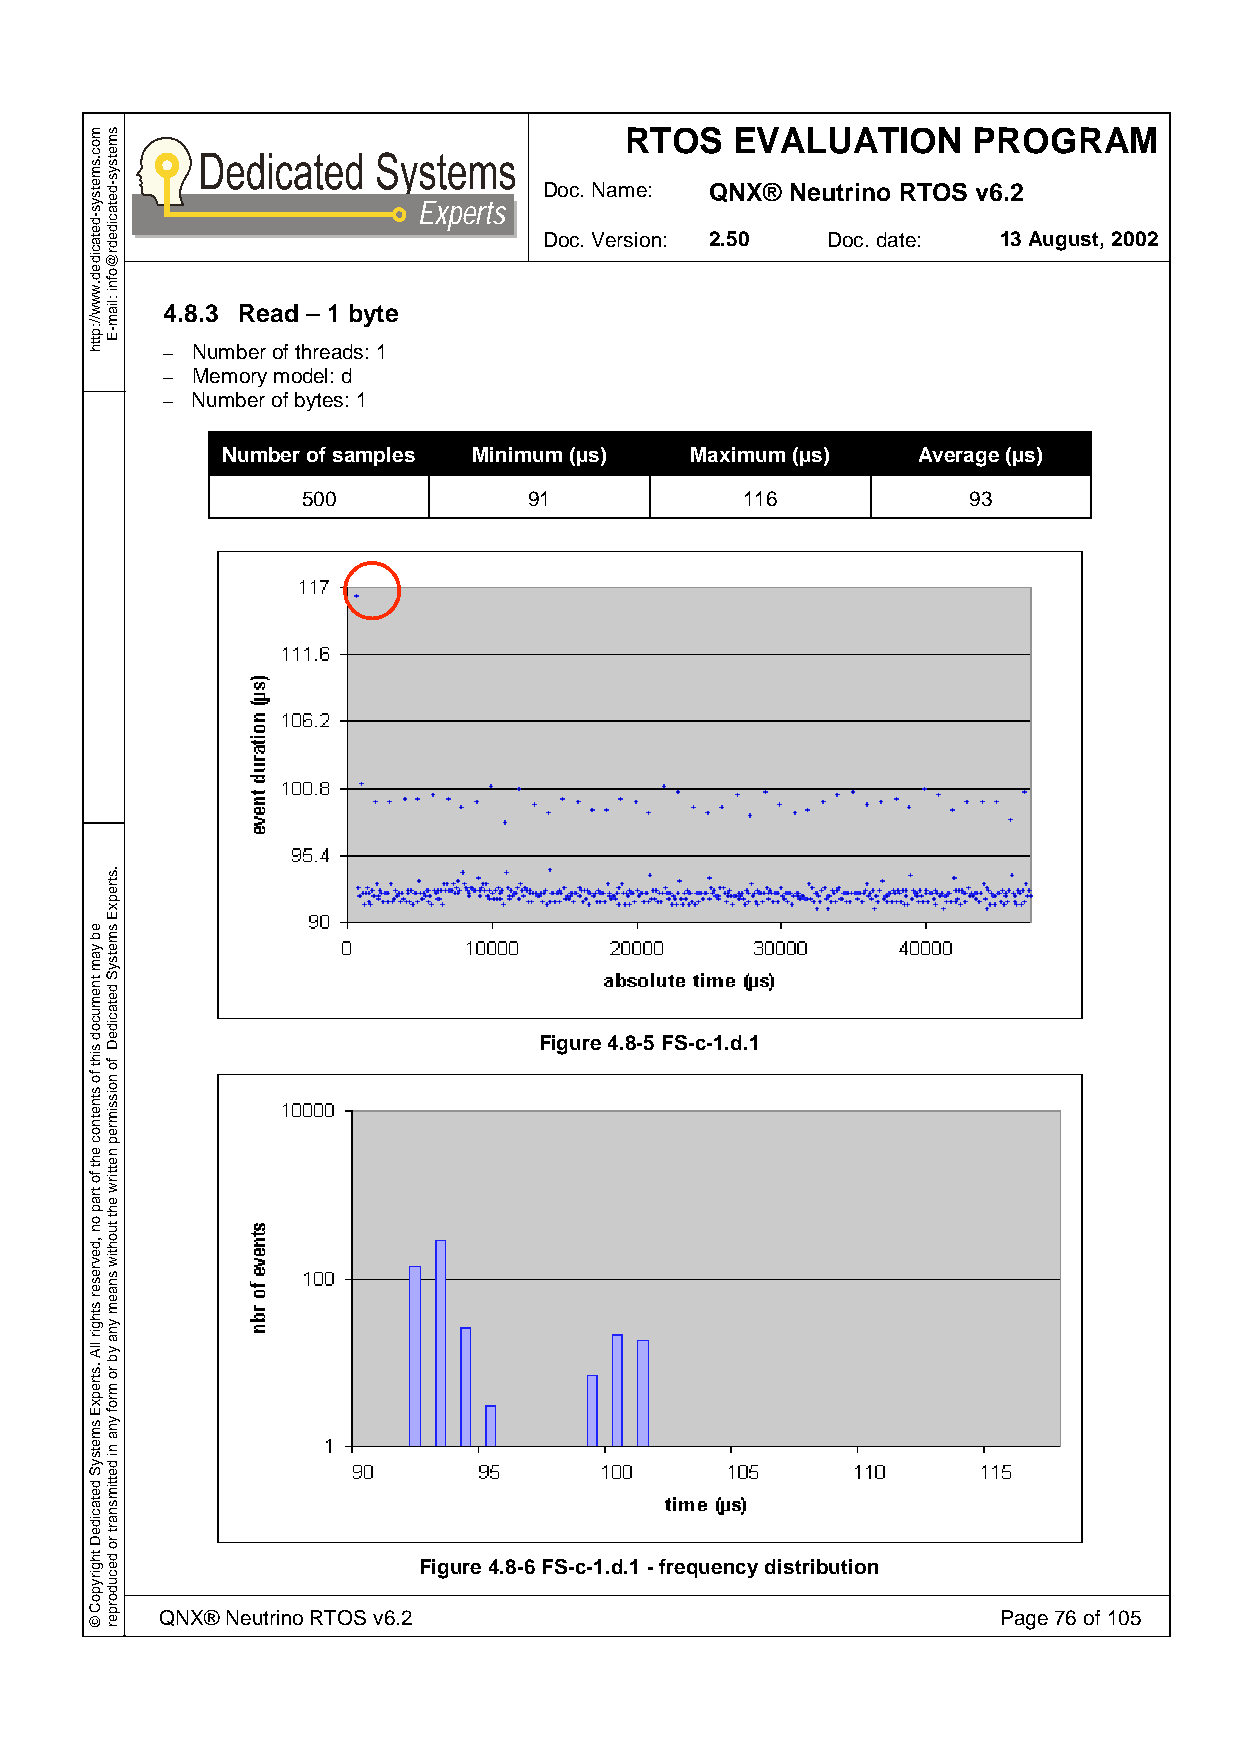
RTOS    EVALUATION     PROGRAM
 Doc. Name: QNX® Neutrino RTOS v6.2
 Experts
 Doc. Version: 2.50 Doc. date: 13 August, 2002
 4.8.3 Read – 1 byte
 – Number of threads: 1
 – Memory model: d
 – Number of bytes: 1
 Number of samples Minimum (µs) Maximum (µs)   Average (µs)
 500            91            116            93
 Figure 4.8-5 FS-c-1.d.1
 Figure 4.8-6 FS-c-1.d.1 - frequency distribution
 QNX® Neutrino RTOS v6.2                                Page 76 of 105
 moc.smetsys-detacided.www//:ptth
 eb
 yam
 tnemucod
 siht
 fo
 stnetnoc
 eht
 fo
 trap
 on
 ,devreser
 sthgir
 llA
 .strepxE
 smetsyS
 detacideD
 thgirypoC
 ©
 smetsys-detacidedr@ofni
 :liam-E
 .strepxE
 smetsyS
 detacideD
 fo
 noissimrep
 nettirw
 eht
 tuohtiw
 snaem
 yna
 yb
 ro
 mrof
 yna
 ni
 dettimsnart
 ro
 decudorper